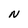
Character: N